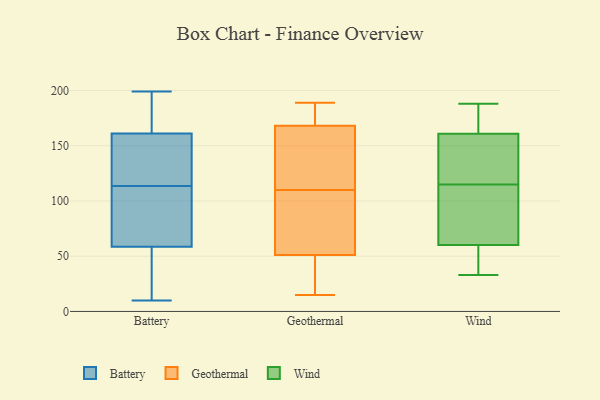
{"axis": {"x": "Demand Index", "y": "Value"}, "legend": ["Battery", "Geothermal", "Wind"], "data": [{"x": "", "y": 129, "type": "Battery"}, {"x": "", "y": 38, "type": "Battery"}, {"x": "", "y": 68, "type": "Battery"}, {"x": "", "y": 145, "type": "Battery"}, {"x": "", "y": 91, "type": "Battery"}, {"x": "", "y": 186, "type": "Battery"}, {"x": "", "y": 25, "type": "Battery"}, {"x": "", "y": 181, "type": "Battery"}, {"x": "", "y": 49, "type": "Battery"}, {"x": "", "y": 65, "type": "Battery"}, {"x": "", "y": 199, "type": "Battery"}, {"x": "", "y": 140, "type": "Battery"}, {"x": "", "y": 175, "type": "Battery"}, {"x": "", "y": 147, "type": "Battery"}, {"x": "", "y": 52, "type": "Battery"}, {"x": "", "y": 139, "type": "Battery"}, {"x": "", "y": 10, "type": "Battery"}, {"x": "", "y": 65, "type": "Battery"}, {"x": "", "y": 98, "type": "Battery"}, {"x": "", "y": 176, "type": "Battery"}, {"x": "", "y": 103, "type": "Geothermal"}, {"x": "", "y": 51, "type": "Geothermal"}, {"x": "", "y": 117, "type": "Geothermal"}, {"x": "", "y": 189, "type": "Geothermal"}, {"x": "", "y": 168, "type": "Geothermal"}, {"x": "", "y": 15, "type": "Geothermal"}, {"x": "", "y": 141, "type": "Geothermal"}, {"x": "", "y": 83, "type": "Geothermal"}, {"x": "", "y": 185, "type": "Geothermal"}, {"x": "", "y": 25, "type": "Geothermal"}, {"x": "", "y": 51, "type": "Wind"}, {"x": "", "y": 33, "type": "Wind"}, {"x": "", "y": 149, "type": "Wind"}, {"x": "", "y": 154, "type": "Wind"}, {"x": "", "y": 60, "type": "Wind"}, {"x": "", "y": 188, "type": "Wind"}, {"x": "", "y": 61, "type": "Wind"}, {"x": "", "y": 115, "type": "Wind"}, {"x": "", "y": 49, "type": "Wind"}, {"x": "", "y": 163, "type": "Wind"}, {"x": "", "y": 186, "type": "Wind"}, {"x": "", "y": 115, "type": "Wind"}, {"x": "", "y": 68, "type": "Wind"}, {"x": "", "y": 188, "type": "Wind"}, {"x": "", "y": 69, "type": "Wind"}]}